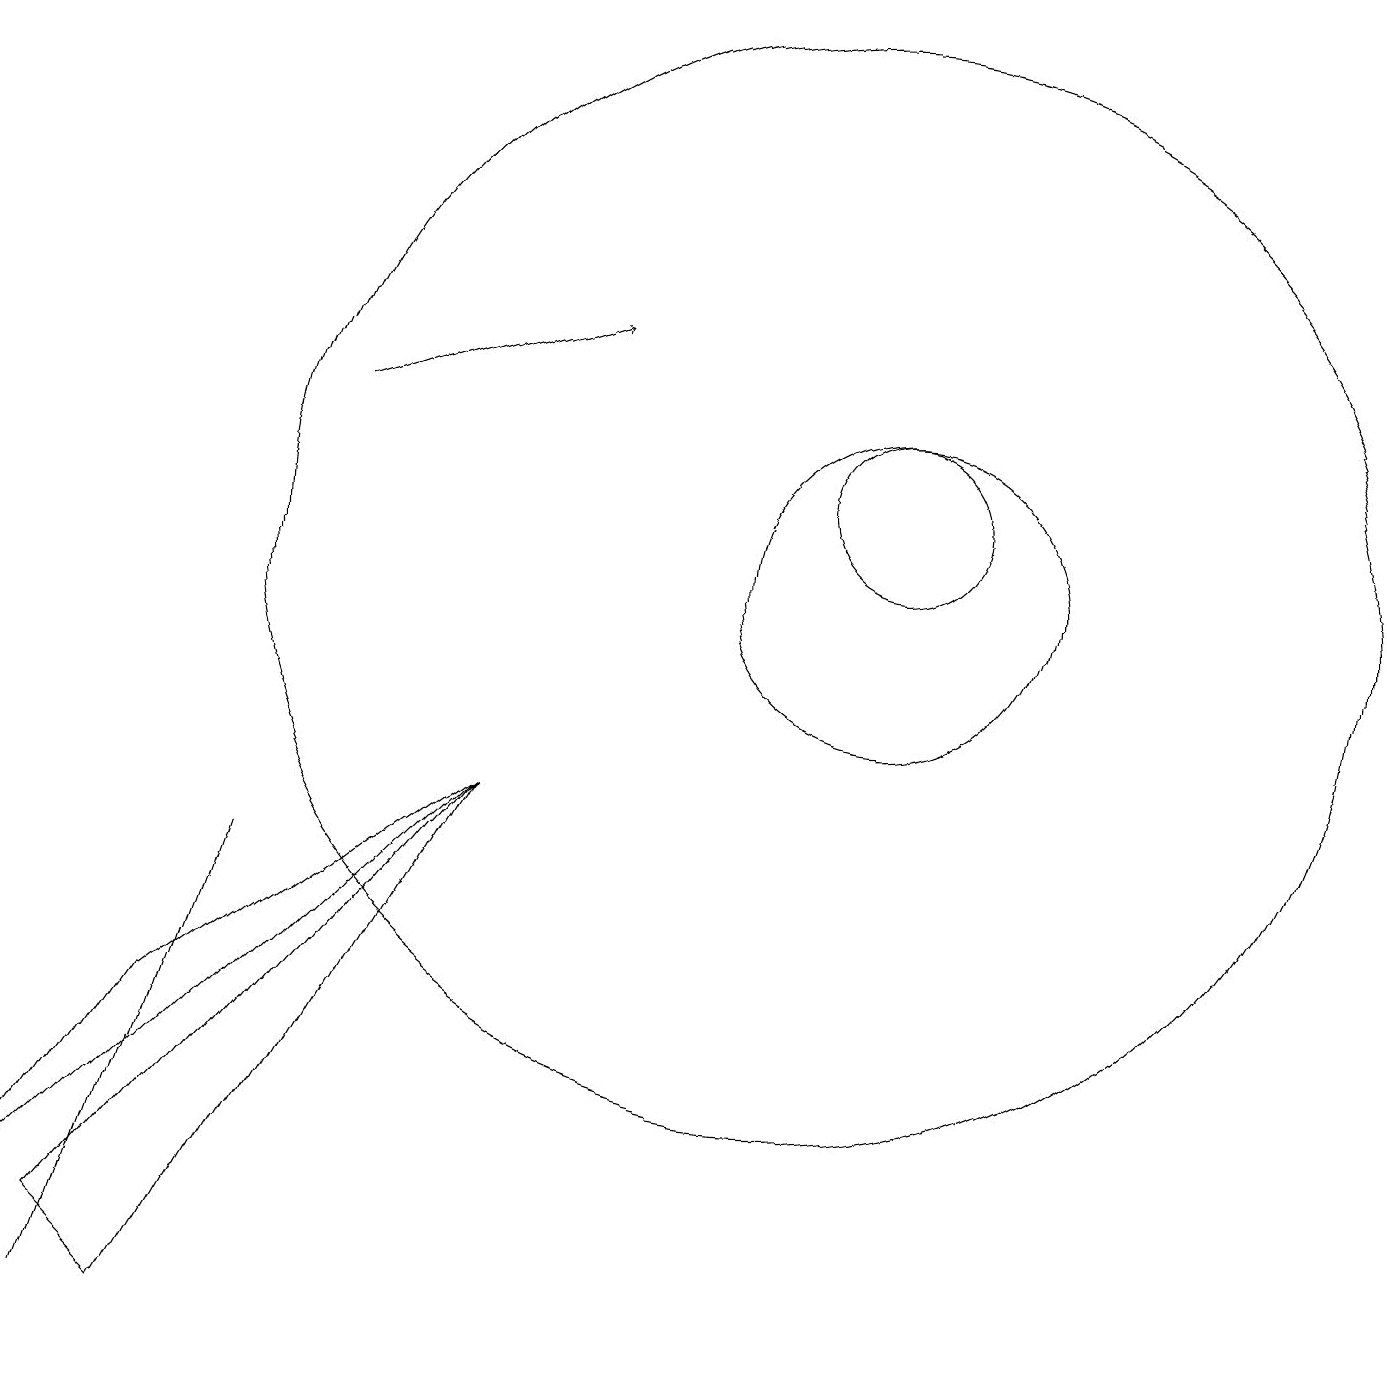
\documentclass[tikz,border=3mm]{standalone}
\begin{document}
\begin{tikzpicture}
\draw (10,11) circle (7);
\draw (2,5) -- (6,8) -- (0,2) -- cycle;
\draw (11,11) circle (2);
\draw (11,12) circle (1);
\draw (2,4) -- (3,7) -- (1,1) -- cycle;
\draw[->] (4,13) -- (7,14);
\draw (2,1) -- (6,8) -- (1,2) -- cycle;
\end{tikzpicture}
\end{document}